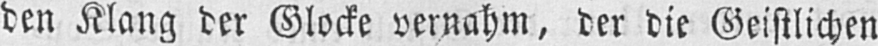
den Klang der Glocke vernahm, der die Geistlichen